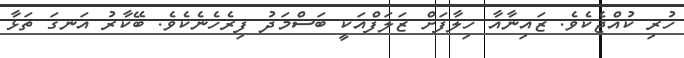
ހުރި ކުއްޖެކެވެ. ޒައިނާއާ ހިލާފަށް ޒަލަފްއަކީ ބަސްމަދު ފިރެހެނެކެވެ. ބޭކާރު އަނގަ ތަޅާ